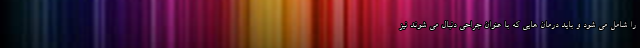
را شامل می شود و باید درمان هایی که با عنوان جراحی دنبال می شوند نیز